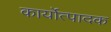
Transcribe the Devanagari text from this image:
कार्योत्पादक